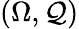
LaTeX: (\Omega,\mathcal{Q})